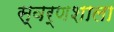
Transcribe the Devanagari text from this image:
स्वर्णशाला